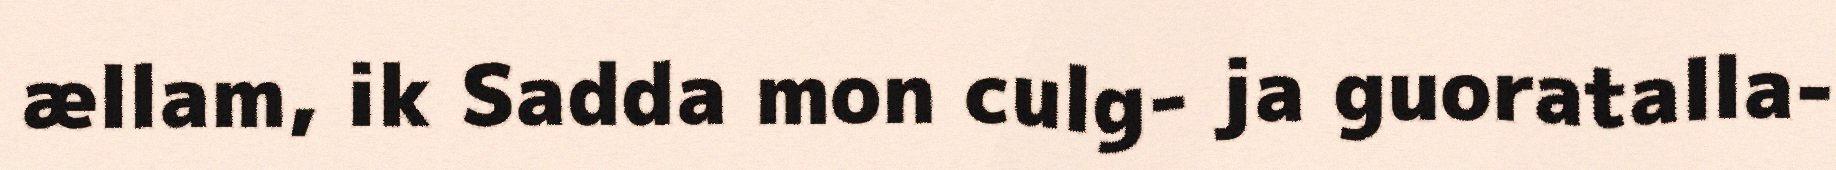
ællam, ik Sadda mon culg- ja guoratalla-